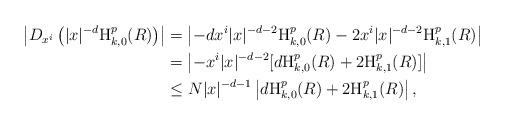
LaTeX: \begin{align*}\left|D_{x^{i}}\left(|x|^{-d} \textnormal{H}_{k,0}^{p}(R)\right)\right|&=\left|-dx^{i}|x|^{-d-2}\textnormal{H}_{k,0}^{p}(R)-2x^{i}|x|^{-d-2}\textnormal{H}_{k,1}^{p}(R)\right| \\ &=\left|-x^{i}|x|^{-d-2}[d\textnormal{H}_{k,0}^{p}(R)+2\textnormal{H}_{k,1}^{p}(R)]\right|\\&\leq N |x|^{-d-1}\left|d\textnormal{H}_{k,0}^{p}(R)+2\textnormal{H}_{k,1}^{p}(R)\right|,\end{align*}